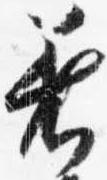
着